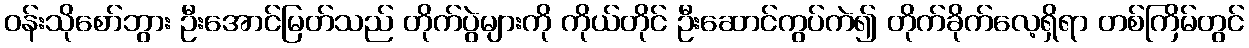
ဝန်းသိုစော်ဘွား ဦးအောင်မြတ်သည် တိုက်ပွဲများကို ကိုယ်တိုင် ဦးဆောင်ကွပ်ကဲ၍ တိုက်ခိုက်လေ့ရှိရာ တစ်ကြိမ်တွင်